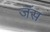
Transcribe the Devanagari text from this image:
जॅस